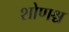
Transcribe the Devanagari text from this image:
शोणश्च